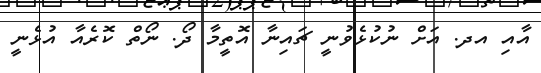
އާއި އދ. އަށް ނުކުޅެވުނީ ޗައިނާ އޮތީމާ ދޯ. ނޯތް ކޮރެއާ އުޅެނީ